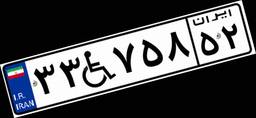
۶۸W۴۰۰۳۱